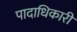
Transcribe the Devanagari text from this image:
पादाधिकारी